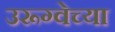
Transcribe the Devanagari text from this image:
उरूग्वेच्या